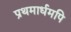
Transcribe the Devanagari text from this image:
प्रथमार्धमपि